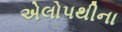
એલોપથીના